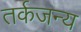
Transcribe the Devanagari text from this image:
तर्कजन्य